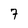
Character: 7